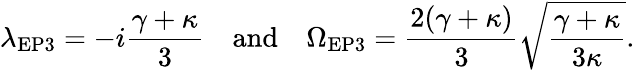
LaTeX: \lambda_{\mathrm{{EP3}}}=-i\frac{\gamma+\kappa}{3}\quad\textrm{and}\quad\Omega_{\mathrm{{EP3}}}=\frac{2(\gamma+\kappa)}{3}\sqrt{\frac{\gamma+\kappa}{3\kappa}}.